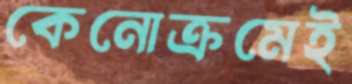
কেনোক্রমেই